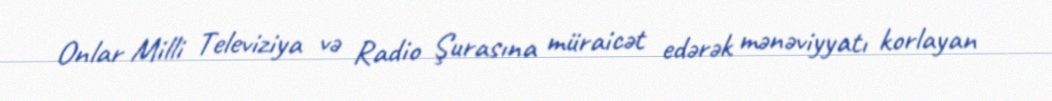
Onlar Milli Televiziya və Radio Şurasına müraicət edərək mənəviyyatı korlayan